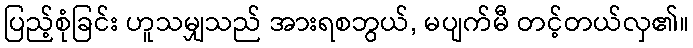
ပြည့်စုံခြင်း ဟူသမျှသည် အားရစဘွယ်, မပျက်မီ တင့်တယ်လှ၏။